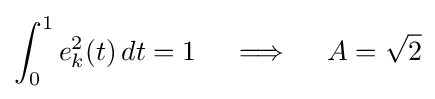
\int _{0}^{1}e_{k}^{2}(t)\,dt=1\quad \implies \quad A={\sqrt {2}}